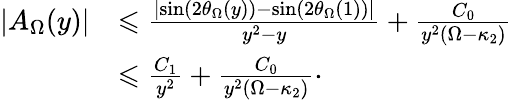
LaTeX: \begin{array}{rl}{|A_{\Omega}(y)|}&{\leqslant\frac{\left|\sin(2\theta_{\Omega}(y))-\sin(2\theta_{\Omega}(1))\right|}{y^{2}-y}+\frac{C_{0}}{y^{2}(\Omega-\kappa_{2})}}\\ &{\leqslant\frac{C_{1}}{y^{2}}+\frac{C_{0}}{y^{2}(\Omega-\kappa_{2})}\cdot}\end{array}